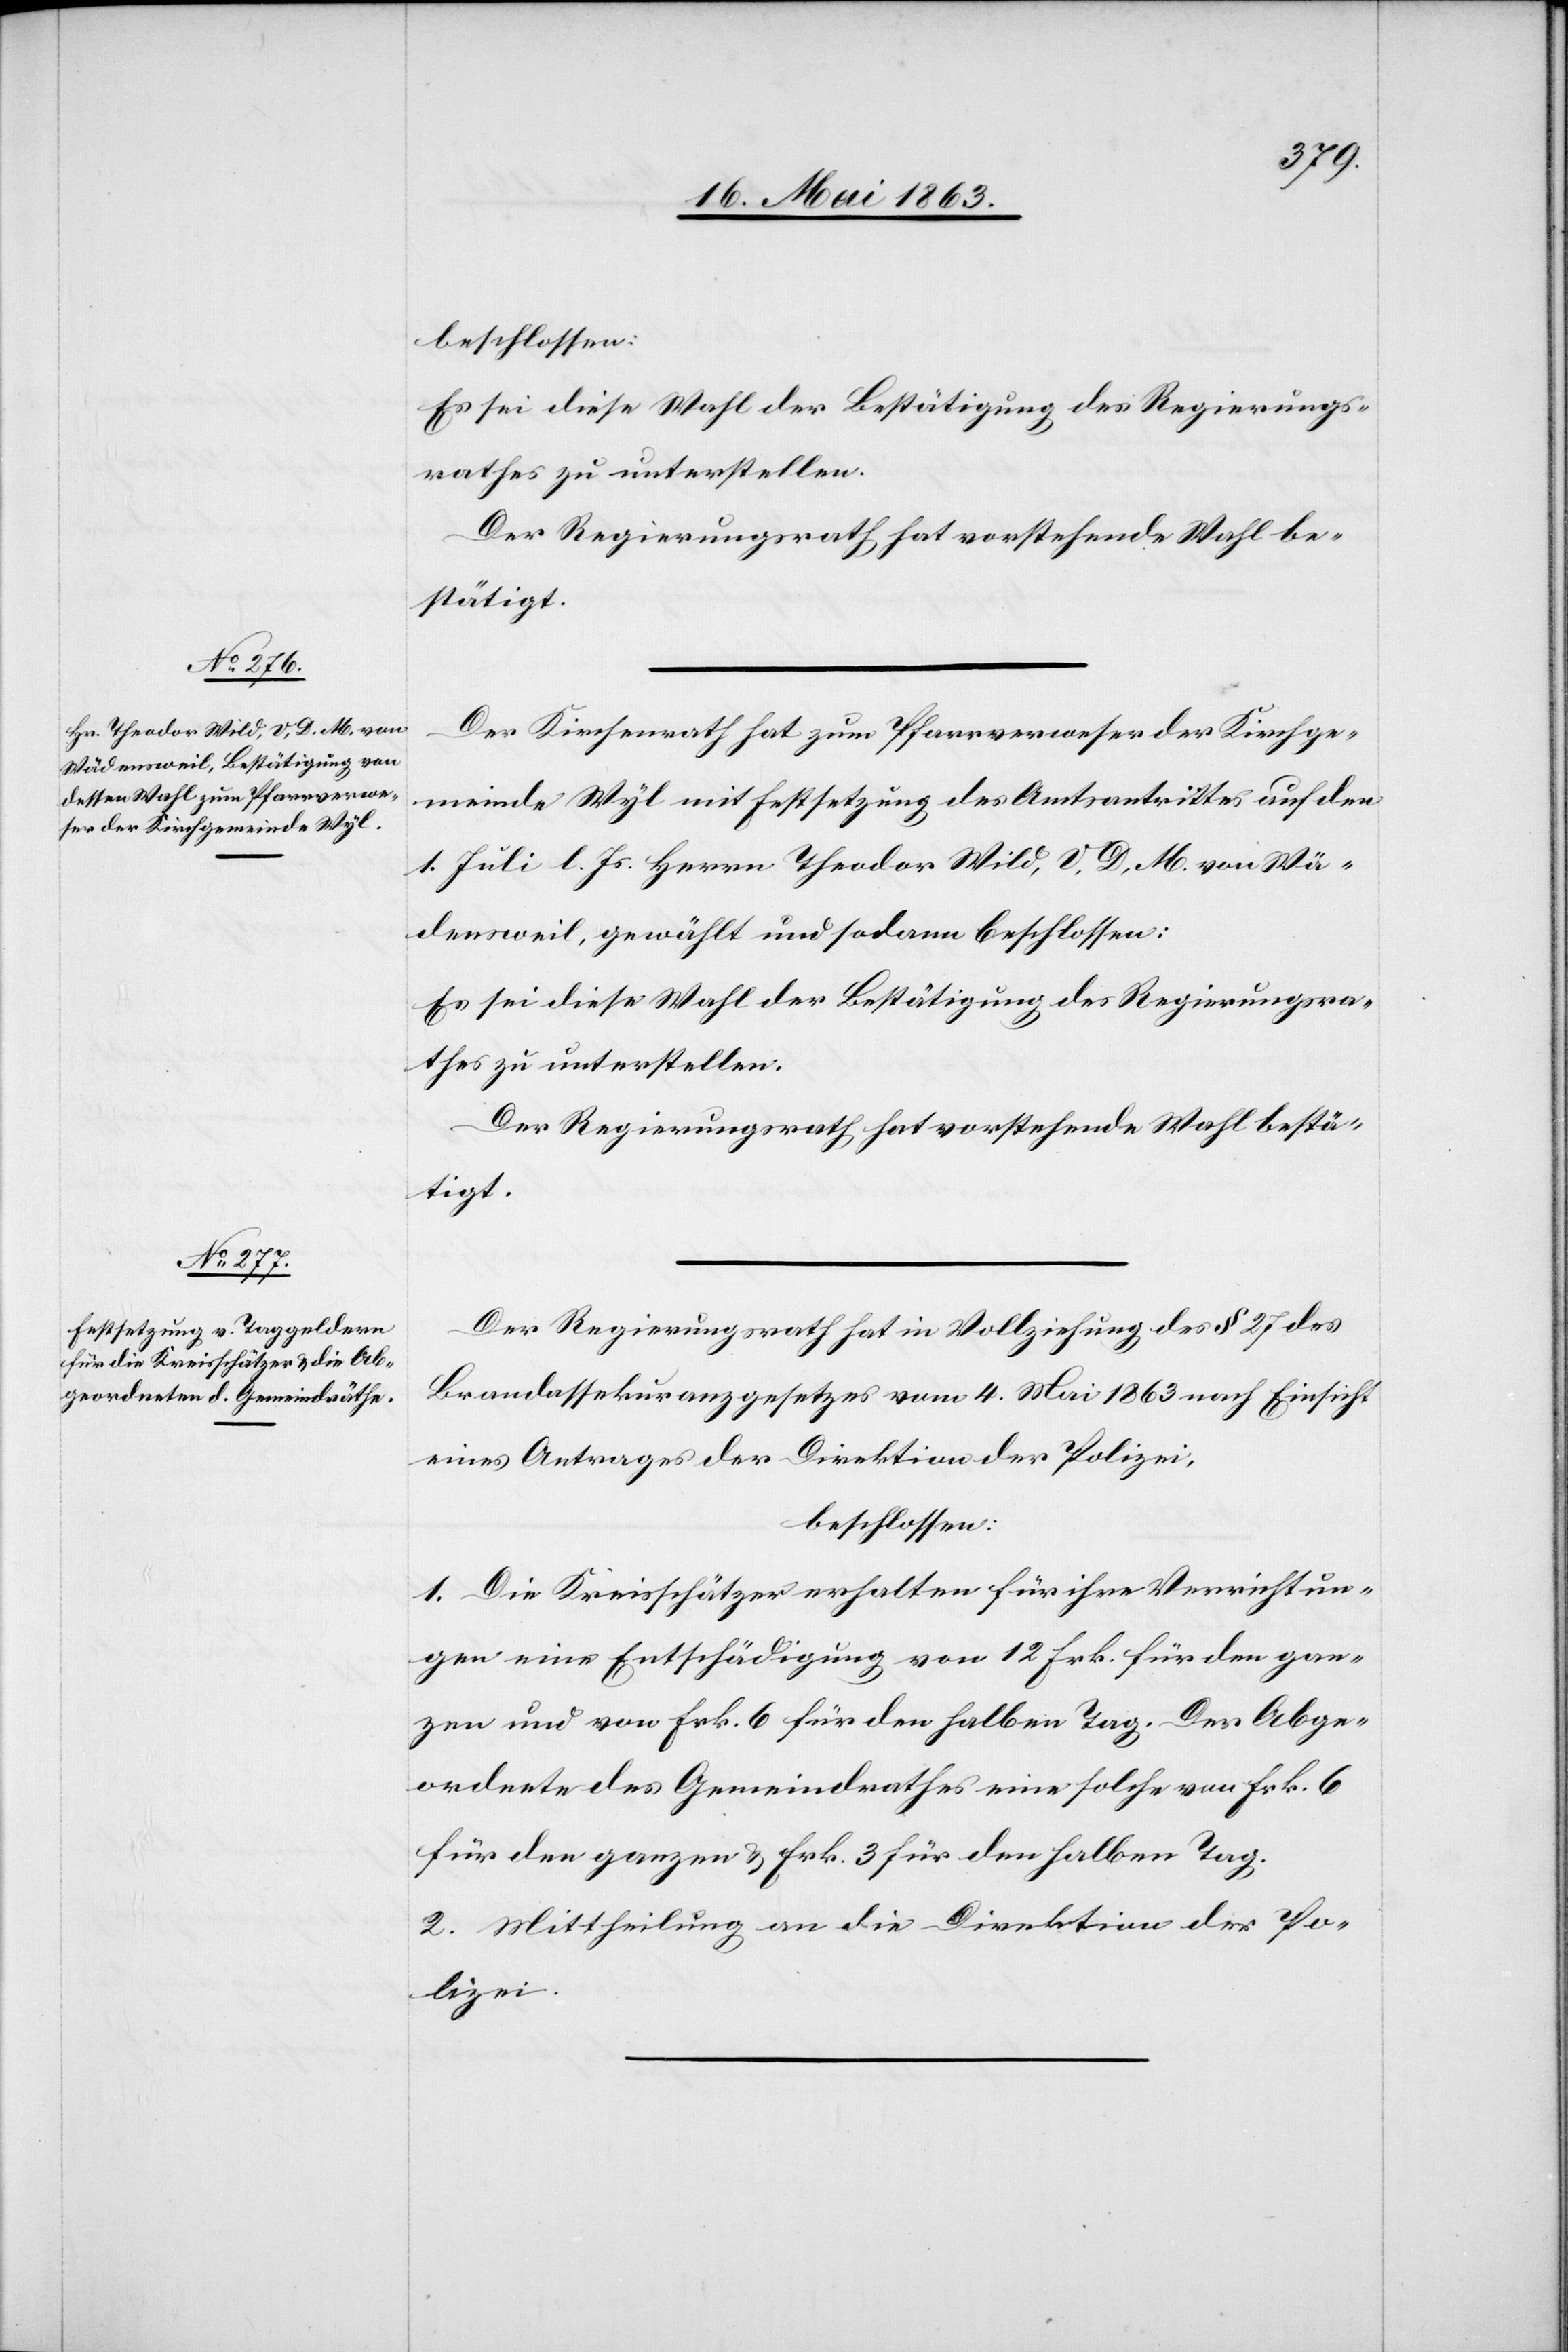
beschlossen:
Es sei diese Wahl der Bestätigung des Regierungs¬
rathes zu unterstellen.
Der Regierungsrath hat vorstehende Wahl be¬
stätigt.
Der Kirchenrath hat zum Pfarrverweser der Kirchge¬
meinde Wyl mit Festsetzung des Amtsantrittes auf den
1. Juli l. Js. Herrn Theodor Wild, V. D. M. von Wä¬
densweil, gewählt und sodann beschlossen:
Es sei diese Wahl der Bestätigung des Regierungsra¬
thes zu unterstellen.
Der Regierungsrath hat vorstehende Wahl bestä¬
tigt.
Der Regierungsrath hat in Vollziehung des § 27 des
Brandassekuranzgesetzes vom 4. Mai 1863 nach Einsicht
eines Antrages der Direktion der Polizei,
beschlossen:
1. Die Kreisschätzer erhalten für ihre Verrichtun¬
gen eine Entschädigung von 12 Frk. für den gan¬
zen und von Frk. 6 für den halben Tag. Der Abge¬
ordnete des Gemeindrathes eine solche von Frk. 6
für den ganzen & Frk. 3 für den halben Tag.
2. Mittheilung an die Direktion der Po¬
lizei.